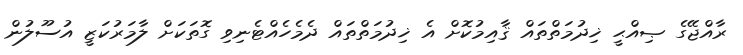
ރާއްޖޭގެ ޞިއްޙީ ޚިދުމަތްތައް ޤާއިމުކޮށް އެ ޚިދުމަތްތައް ދެމެހެއްޓެނިވި ގޮތަކަށް ލާމަރުކަޒީ އުސޫލުން